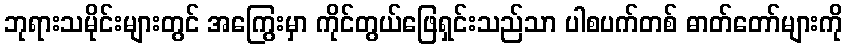
ဘုရားသမိုင်းများတွင် အကြွေးမှာ ကိုင်တွယ်ဖြေရှင်းသည်သာ ပါစပက်တစ် ဓာတ်တော်များကို